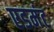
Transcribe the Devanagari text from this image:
एडमंट